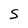
Character: S